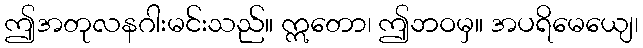
ဤအတုလနဂါးမင်းသည်။ ဣတော၊ ဤဘဝမှ။ အပရိမေယျေ၊